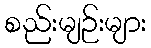
စည်းမျဉ်းများ